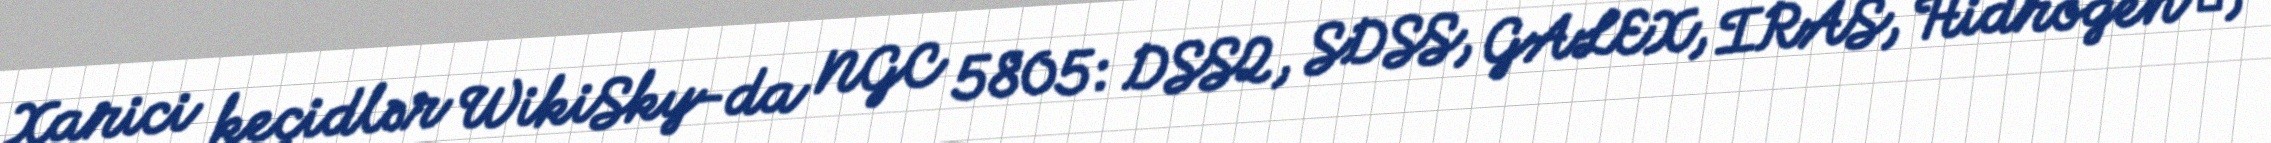
Xarici keçidlər WikiSky-da NGC 5805: DSS2, SDSS, GALEX, IRAS, Hidrogen α,